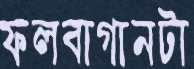
ফলবাগানটা